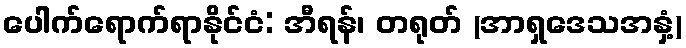
ပေါက်ရောက်ရာနိုင်ငံ: အီရန်၊ တရုတ် (အာရှဒေသအနှံ့)